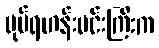
ပုပ်ရဟန်းမင်းကြီးက